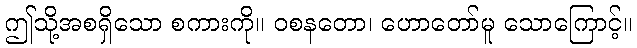
ဤသို့အစရှိသော စကားကို။ ဝစနတော၊ ဟောတော်မူ သောကြောင့်။